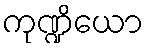
ကုဏ္ဍိယော